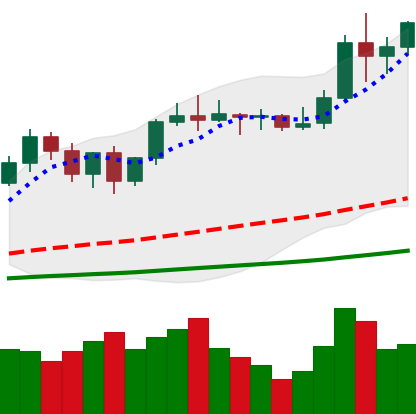
Ticker: LTC-USD
Chart end date: 2021-01-06
Forward return: -17.611%
Label: down_7plus